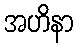
အဟိနာ